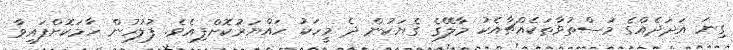
ގިނަ އަދަދެއްގެ މަސްތުވާތަކެއްޗާއެކު މާލޭގެ ގެޔަކުން ދެ މީހަކު ހައްޔަރުކޮށްފިއެވެ. ފުލުހުން ހާމަކޮށްފައިވާ